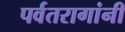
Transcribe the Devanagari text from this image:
पर्वतरागांनी